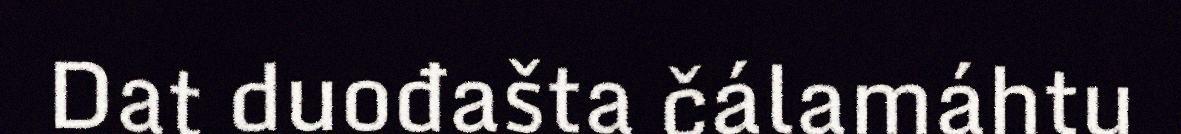
Dat duođašta čálamáhtu